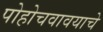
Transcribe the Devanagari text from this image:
पोहोचवावयाचे